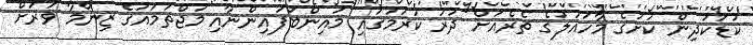
ކުޑަކުދިން ކުށުގެ މާހައުލުގެ ތެރެއަށް ދުރު ކުރުމުގައި މައިންބަފައިންނާއި މުޖްތަމައުގެ ޒިންމާ ވަރަށް